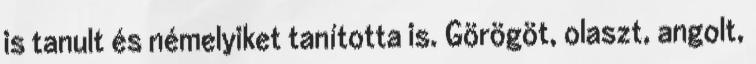
is tanult és némelyiket tanította is. Görögöt, olaszt, angolt,